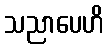
သညာပေဟိ